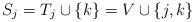
LaTeX: \begin{align*}S_j = T_j \cup \{k\} = V\cup\{j,k\}\end{align*}